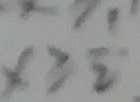
x \geq \frac { 1 } { 2 }